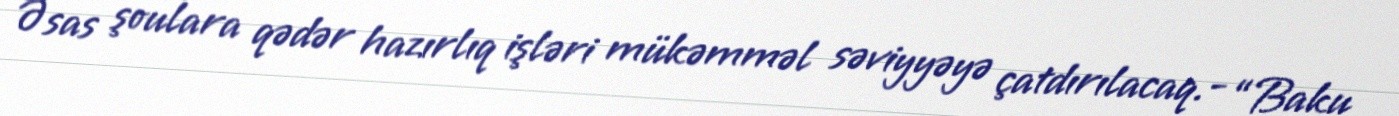
Əsas şoulara qədər hazırlıq işləri mükəmməl səviyyəyə çatdırılacaq.- “Baku